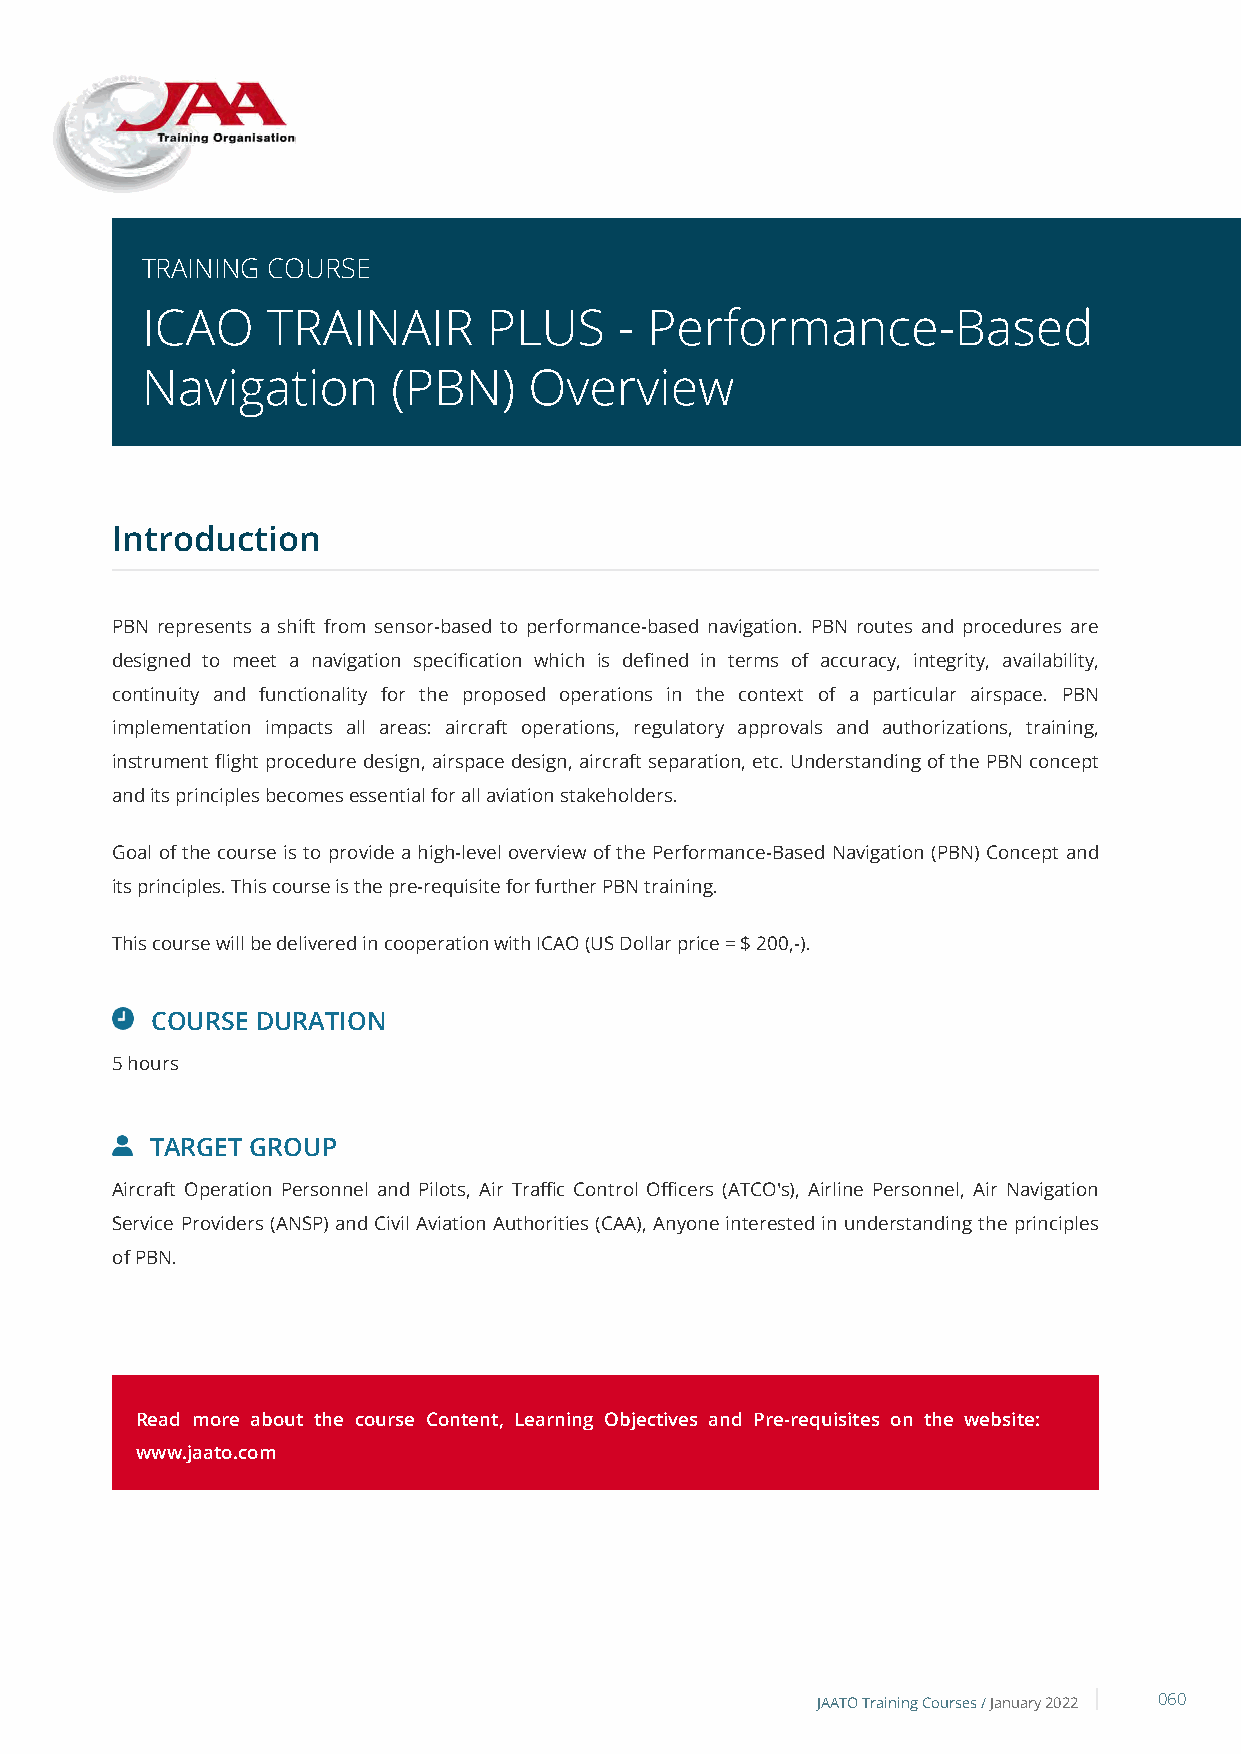
TRAINING COURSE
 ICAO     TRAINAIR      PLUS     - Performance-Based
 Navigation       (PBN)    Overview
 Introduction
 PBN represents a shift from sensor-based to performance-based navigation. PBN routes and procedures are
 designed to meet a navigation specification which is defined in terms of accuracy, integrity, availability,
 continuity and functionality for the proposed operations in the context of a particular airspace. PBN
 implementation impacts all areas: aircraft operations, regulatory approvals and authorizations, training,
 instrument flight procedure design, airspace design, aircraft separation, etc. Understanding of the PBN concept
 and its principles becomes essential for all aviation stakeholders.
 Goal of the course is to provide a high-level overview of the Performance-Based Navigation (PBN) Concept and
 its principles. This course is the pre-requisite for further PBN training.
 This course will be delivered in cooperation with ICAO (US Dollar price = $ 200,-).
 COURSE DURATION
 5 hours
 TARGET GROUP
 Aircraft Operation Personnel and Pilots, Air Traffic Control Officers (ATCO's), Airline Personnel, Air Navigation
 Service Providers (ANSP) and Civil Aviation Authorities (CAA), Anyone interested in understanding the principles
 of PBN.
 Read more about the course Content, Learning Objectives and Pre-requisites on the website:
 www.jaato.com
 JAATO Training Courses /January 2022 060